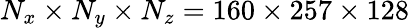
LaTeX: N_{x}\times N_{y}\times N_{z}=160\times 257\times 128